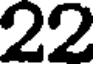
22